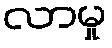
လာမှု